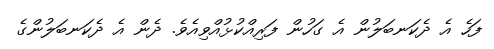
ފަހެ އެ ދެކަނބަލުން އެ ގަހުން ފަރިއްކުޅުއްވިއެވެ. ދެން އެ ދެކަނބަލުންގެ